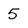
Character: 5